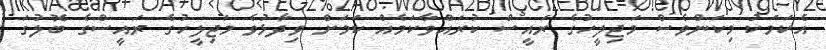
އެކަމަކު މިކަންވެސް މަޖިލީހުގެ ރައީސް ކުރައްވާކަމެއް ކަމަށް ވިދާޅުވެ މަޖިލީހުގެ ރައީސްގެ ބޮލުގަ